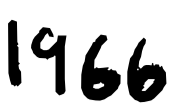
Text: 1966
Cross-out: clean
Writing tool: digital_black